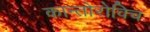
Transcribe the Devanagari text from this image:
कान्तोरोविच